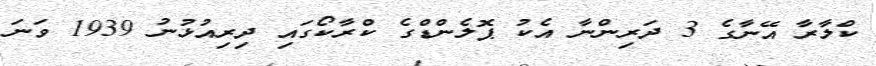
ކްލާރާ އޭނާގެ 3 ދަރިންނާ އެކު ޕޮލެންޑްގެ ކްރާކޯގައި ދިރިއުޅުނު 1939 ވަނަ